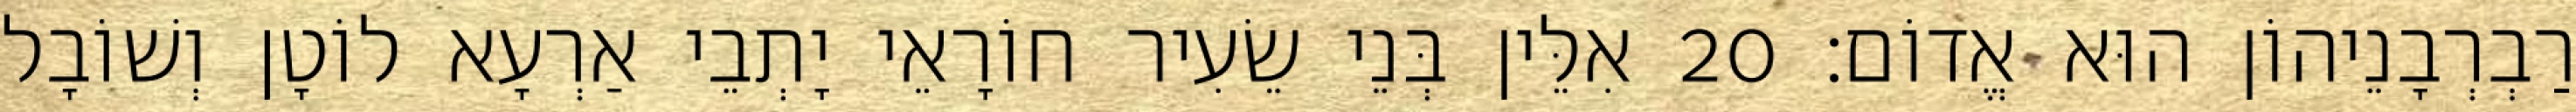
רַבְרְבָנֵיהוֹן הוּא אֱדוֹם׃ 20 אִלֵּין בְּנֵי שֵׂעִיר חוֹרָאֵי יָתְבֵי אַרְעָא לוֹטָן וְשׁוֹבָל